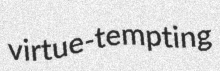
virtue-tempting